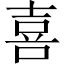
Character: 喜